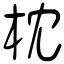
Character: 枕